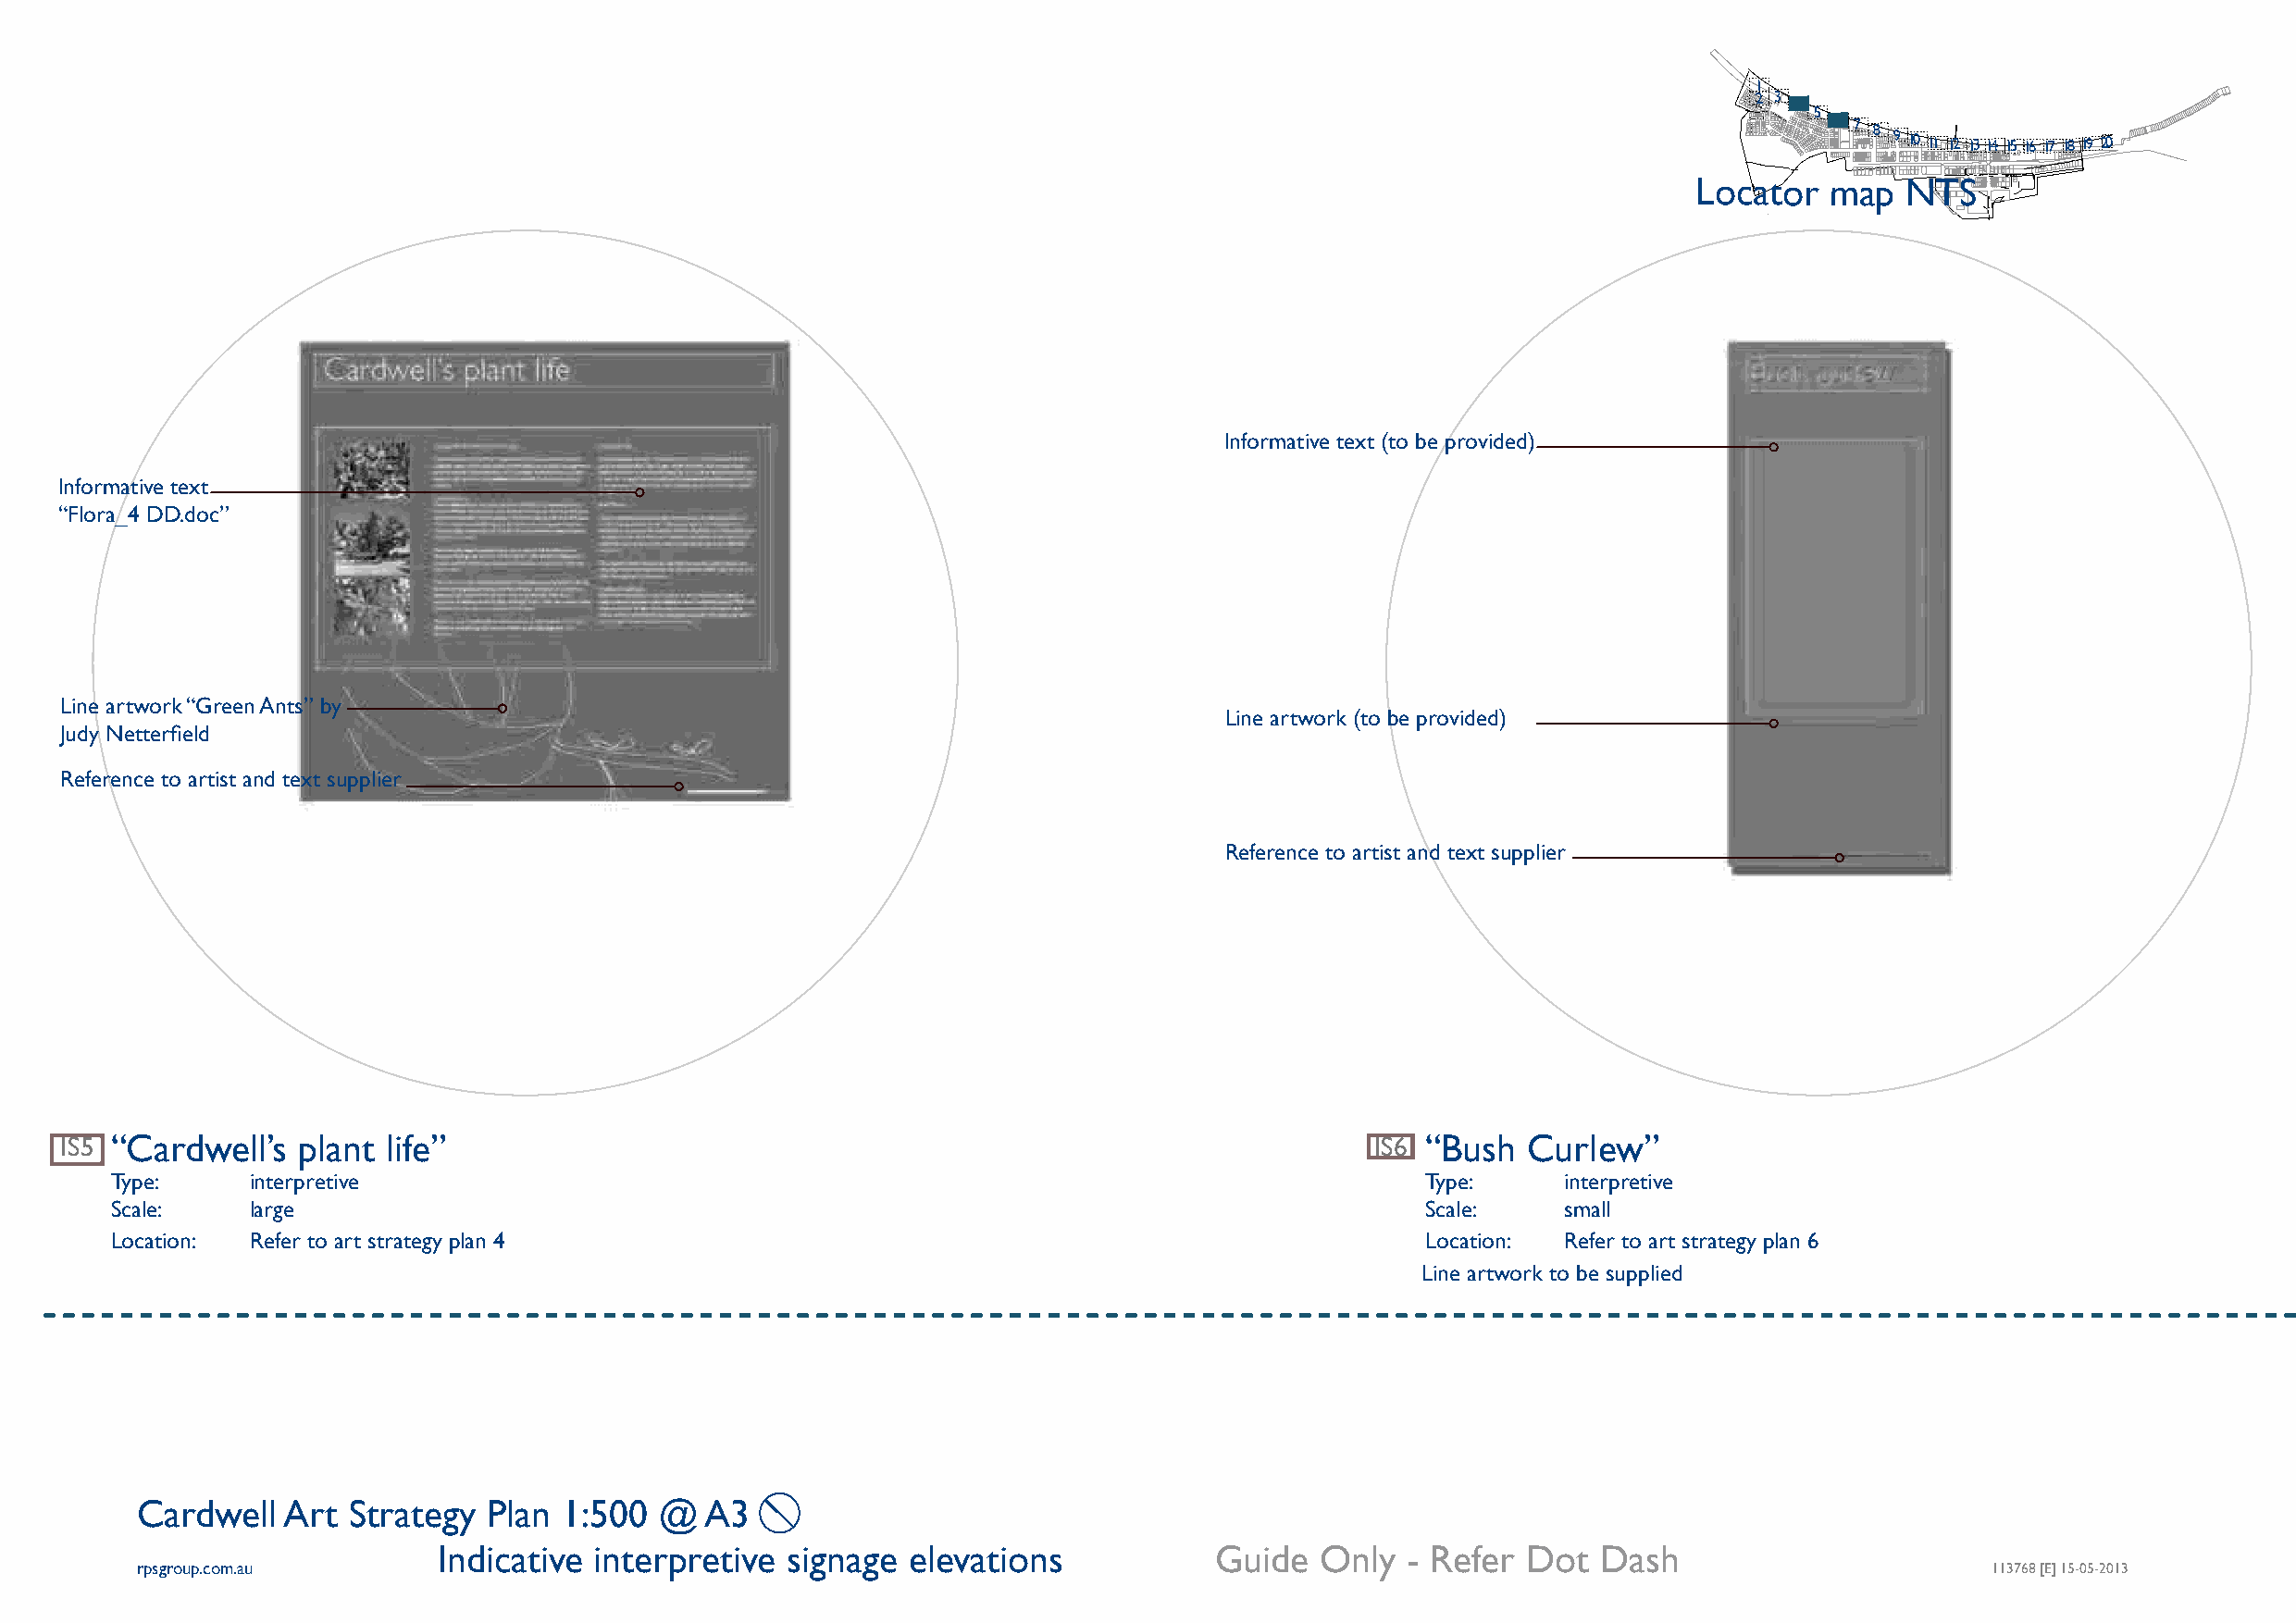
1
 2 3
 4
 5
 6 7 8 9 10 11 12 13 14 15 16 17 18 19 20
 Locator   map  NTS
 Informative text (to be provided)
 Informative text
 “Flora_4 DD.doc”
 Line artwork “Green Ants” by
 Line artwork (to be provided)
 Judy Netterfield
 Reference to artist and text supplier
 Reference to artist and text supplier
 IS5 “Cardwell’s  plant  life”                                                                 IS6 “Bush  Curlew”
 Type:     interpretive                                                                        Type:     interpretive
 Scale:    large                                                                               Scale:    small
 Location: Refer to art strategy plan 4                                                        Location: Refer to art strategy plan 6
 Line artwork to be supplied
 Cardwell  Art  Strategy  Plan 1:500  @  A3
 Indicative  interpretive signage  elevations            Guide  Only   - Refer Dot  Dash
 rpsgroup.com.au                                                                                                                      113768 [E] 15-05-2013 055